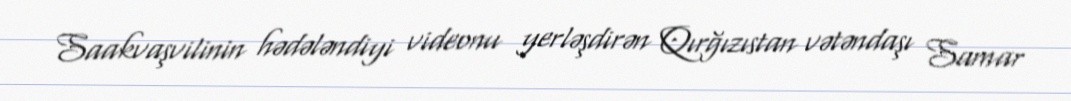
Saakvaşvilinin hədələndiyi videonu yerləşdirən Qırğızıstan vətəndaşı Samar